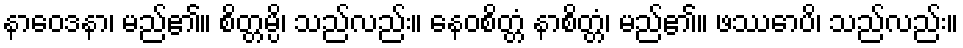
နာဝေဒနာ၊ မည်၏။ စိတ္တမ္ပိ၊ သည်လည်း။ နေဝစိတ္တံ နာစိတ္တံ၊ မည်၏။ ဖဿောပိ၊ သည်လည်း။